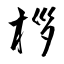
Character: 桚